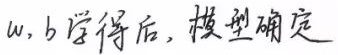
$w, b$ 学得后，模型确定